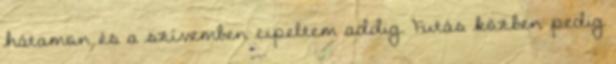
hátamon és a szívemben cipeltem addig. Futás közben pedig